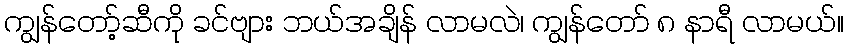
ကျွန်တော့်ဆီကို ခင်ဗျား ဘယ်အချိန် လာမလဲ၊ ကျွန်တော် ၈ နာရီ လာမယ်။